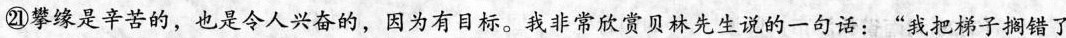
㉑攀缘是辛苦的，也是令人兴奋的，因为有目标。我非常欣赏贝林先生说的一话：”我把梯子搁错了